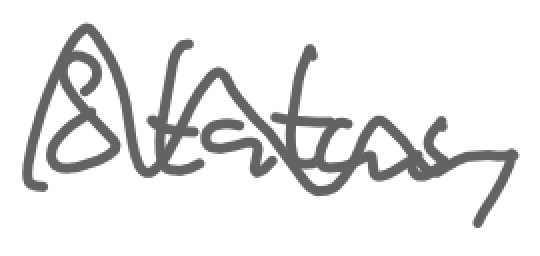
Text: Status,
Cross-out: wave
Writing tool: digital_gray